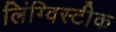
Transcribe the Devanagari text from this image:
लिंग्विस्टीक